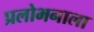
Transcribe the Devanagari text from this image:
प्रलोभनाला